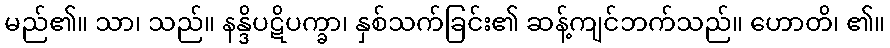
မည်၏။ သာ၊ သည်။ နန္ဒိပဋိပက္ခာ၊ နှစ်သက်ခြင်း၏ ဆန့်ကျင်ဘက်သည်။ ဟောတိ၊ ၏။